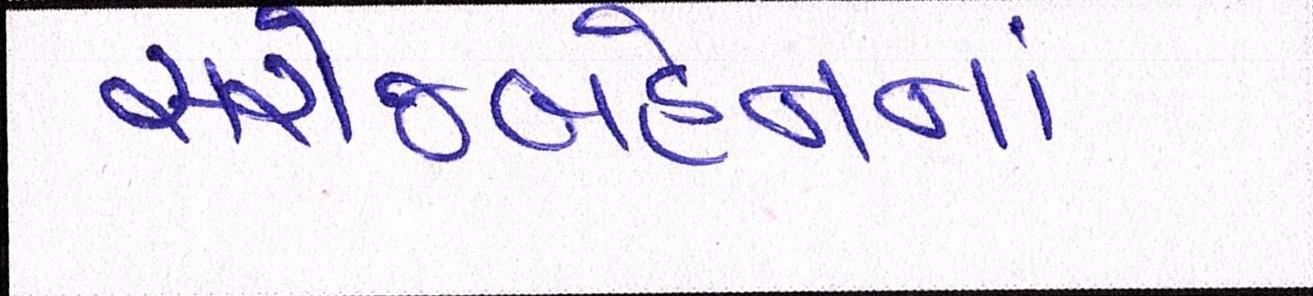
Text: સરોજબહેનનાં